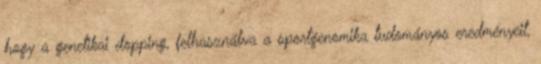
hogy a genetikai dopping, felhasználva a sportgenomika tudományos eredményeit,